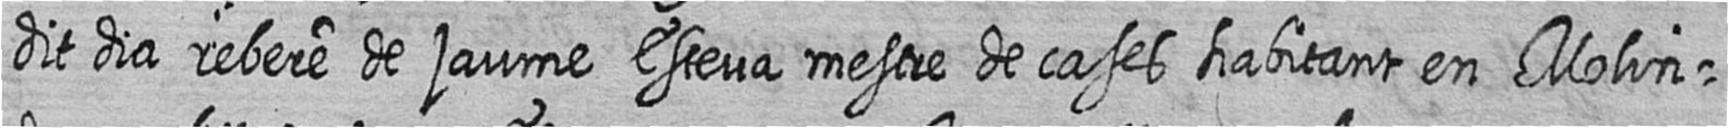
dit dia rebere de Jaume Esteva mestre de cases habitant en Molin=